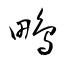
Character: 鴫